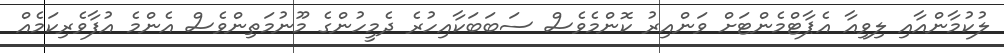
ލުކުމާންއާއި ލިވިއާ އެޕާޓްމެންޓަށް ވަންއިރު ކޮންމެވެސް ސަބަބަކާއިހުރެ ދެމީހުންގެ މޫނުމަތިންވެސް އެންމެ އުފާވެރިކަމެއް